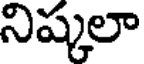
నిష్కలా